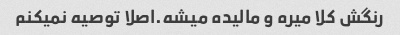
رنگش کلا میره و مالیده میشه.اصلا توصیه نمیکنم